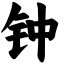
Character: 钟